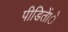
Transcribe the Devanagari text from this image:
पीडिताेंे